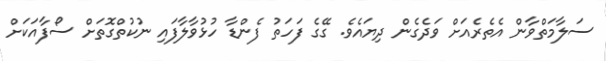
ސަލާމަތްވާން އެތެރެއަށް ވަދެގެން ދިޔައެވެ. ގޭގެ ފަހަތު ފެންޑާ ހުޅުވާލާފައި ނުކުތްގޮތަށް ސޯފާއަކަށް